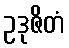
ဥဒုဇိတံ